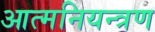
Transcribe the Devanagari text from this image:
आत्मनियन्त्रण